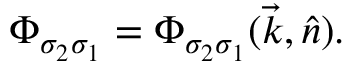
{ \mit \Phi } _ { \sigma _ { 2 } \sigma _ { 1 } } = { \mit \Phi } _ { \sigma _ { 2 } \sigma _ { 1 } } ( \vec { k } , \hat { n } ) .